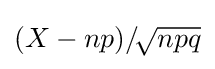
\left(X\!\,-\!\,np\right)\!/\!{\sqrt {npq}}